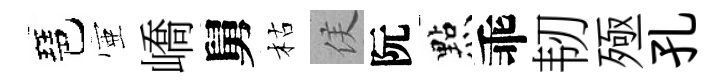
琶壺嶠舅枯侯阮㸃乖韧殛孔